Annual report of lunatic asylums [Bombay] - 1912-1922
Year: 1912
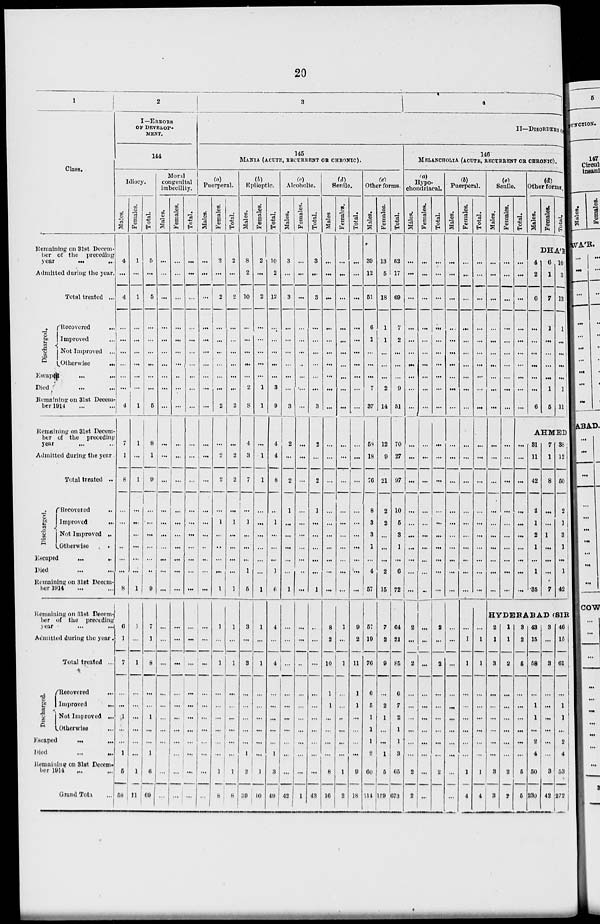
20
1
Class.
Remaining on 31st Decem-
ber of the preceding
year
...
...
Admitted during the year.
Total treated ...
Discharged.
Recovered ...
Improved ...
Not Improved ...
Otherwise
...
Escaped
...
...
Died ... ...
Remaining on 31st Decem-
ber 1914 ... ...
Remaining on 31st Decem-
ber of the preceding
year ... ...
Admitted during the year
Total treated ..
Discharged.
Recovered ...
Improved
...
Not Improved ...
Otherwise
...
Escaped
...
...
Died ... ...
Remaining on 31st Decem-
ber 1914 ... ...
Remaining on 31st Decem-
ber of the preceding
year ... ...
Admitted during the year.
Total treated ...
Discharged.
Recovered
...
Improved
...
Not Improved ...
Otherwise
Escaped
...
...
Died
...
...
Remaining on 31st Decem-
ber 1914 ... ...
Grand Total ...
2
I—ERRORS
OF DEVELOP-
MENT.
144
Idiocy
Males.
4
...
4
...
...
...
...
...
...
4
7
1
8
...
...
...
...
...
...
8
6
1
7
...
...
1
...
...
1
5
58
Females.
1
...
1
...
...
...
...
...
...
1
1
...
1
...
...
...
...
...
...
1
1
...
1
...
...
...
...
...
...
1
11
Total.
5
...
5
...
...
...
...
...
...
5
8
1
9
...
...
...
...
...
...
9
7
1
8
...
...
1
...
...
1
6
69
Moral
congenital
imbecility.
Males.
...
...
...
...
...
...
...
...
...
...
...
...
...
...
...
...
...
...
...
...
...
...
...
...
...
...
...
...
...
...
...
Females.
...
...
...
...
...
...
...
...
...
...
...
...
...
...
...
...
...
...
...
...
...
...
...
...
...
...
...
...
...
...
...
Total.
...
...
...
...
...
...
...
...
...
...
...
...
...
...
...
...
...
...
...
...
...
...
...
...
...
...
...
...
...
...
3
4
II—DISORDERS OF
145
MANIA (ACUTE, RECURRENT OR CHRONIC).
(a)
Puerperal.
Males.
...
...
...
...
...
...
...
...
...
...
...
...
...
...
...
...
...
...
...
...
...
...
...
...
...
...
...
...
...
...
...
Females.
2
...
2
...
...
...
...
...
...
2
...
2
2
...
1
...
...
...
...
1
1
...
1
...
...
...
...
...
...
1
8
Total.
2
...
2
...
...
...
...
...
2
...
2
2
...
1
...
...
...
...
1
1
...
1
...
...
...
...
1
8
(b)
Epileptic.
Males.
8
2
10
...
...
...
...
...
2
8
4
3
7
...
1
...
...
...
1
5
3
...
3
...
...
...
...
...
1
2
39
Females.
2
...
2
...
...
...
...
...
1
1
...
1
1
...
...
...
...
...
...
1
1
...
1
...
...
...
...
...
...
1
10
Total.
10
2
12
...
...
...
...
...
3
9
4
4
8
...
1
...
...
...
1
6
4
...
4
...
...
...
...
...
1
3
49
(c)
Alcoholic.
Males.
3
...
3
...
...
...
...
...
...
3
2
...
2
1
...
...
...
...
...
1
...
...
...
...
...
...
...
...
...
...
42
Females.
...
...
...
...
...
...
...
...
...
...
...
...
...
...
...
...
...
...
...
...
...
...
...
...
...
...
...
...
...
...
1
Total.
3
...
3
...
...
...
...
...
...
3
2
...
2
1
...
...
...
...
...
1
...
...
...
...
...
...
...
...
...
...
43
(d)
Senile
Males
...
...
...
...
...
...
...
...
...
...
...
...
...
...
...
...
...
...
...
...
8
2
10
1
1
...
...
...
...
8
16
Females.
...
...
...
...
...
...
...
...
...
...
...
...
...
...
...
...
...
...
...
1
...
1
...
...
..
...
...
...
1
2
Total.
...
...
...
...
...
...
...
...
...
...
...
...
...
...
...
...
...
...
...
...
9
2
11
1
1
...
...
...
...
9
18
(e)
Other forms.
Males.
39
12
51
6
1
...
...
...
7
37
58
18
76
8
3
3
1
...
4
57
57
19
76
6
5
1
1
1
2
60
514
Females.
13
5
18
1
1
...
...
...
2
14
12
9
21
2
2
...
...
...
2
15
7
2
9
...
2
1
...
...
1
5
159
Total.
52
17
69
7
2
...
...
...
9
51
70
27
97
10
5
3
1
...
6
72
64
21
85
6
7
2
1
1
3
65
673
146
MELANCHOLIA (ACUTE, RECURRENT OR CHRONIC).
(a)
Hypo-
chondriacal.
Males.
...
...
...
...
...
...
...
...
...
...
...
...
...
...
...
...
...
...
...
...
2
...
2
...
...
...
...
...
...
2
2
Females.
...
...
...
...
...
...
...
...
...
...
...
...
...
...
...
...
...
...
...
...
...
...
...
...
...
...
...
...
...
...
Total.
...
...
...
...
...
...
...
...
...
...
...
...
...
...
...
...
...
...
...
...
2
...
2
...
...
...
...
...
...
2
...
(b)
Puerperal.
Males.
...
...
...
...
...
...
...
...
...
...
...
...
...
...
...
...
...
...
...
...
...
...
...
...
...
...
...
...
...
...
...
Females.
...
...
...
...
...
...
...
...
...
...
...
...
...
...
...
...
...
...
...
...
1
1
...
...
...
...
...
...
1
4
Total.
...
...
...
...
...
...
...
...
...
...
...
...
...
...
...
...
...
...
...
...
...
1
1
...
...
...
...
...
...
1
4
(c)
Senile.
Males.
...
...
...
...
...
...
...
...
...
...
...
...
...
...
...
...
...
...
...
...
Females.
...
...
...
...
...
...
...
...
...
...
...
...
...
...
...
...
...
...
...
...
Total.
...
...
...
...
...
...
...
...
...
...
...
...
...
...
...
...
...
...
...
...
(d)
Other forms
Males.
Females.
Total.
DHA'R
4
2
6
...
...
...
...
...
...
6
6
1
7
1
...
...
...
...
1
5
10
3
13
1
...
...
...
...
1
11
AHMED
31
11
42
2
1
2
1
...
1
35
7
1
8
...
...
1
...
...
...
7
38
12
50
2
1
3
1
...
1
42
HYDERABAD (SIR
2
1
3
...
...
...
...
...
...
3
3
1
1
2
...
...
...
...
...
...
2
2
3
2
5
...
...
...
...
...
...
5
5
43
15
58
...
1
1
...
2
4
50
230
3
...
3
...
...
...
...
...
...
3
42
46
15
61
...
1
1
...
2
4
53
272